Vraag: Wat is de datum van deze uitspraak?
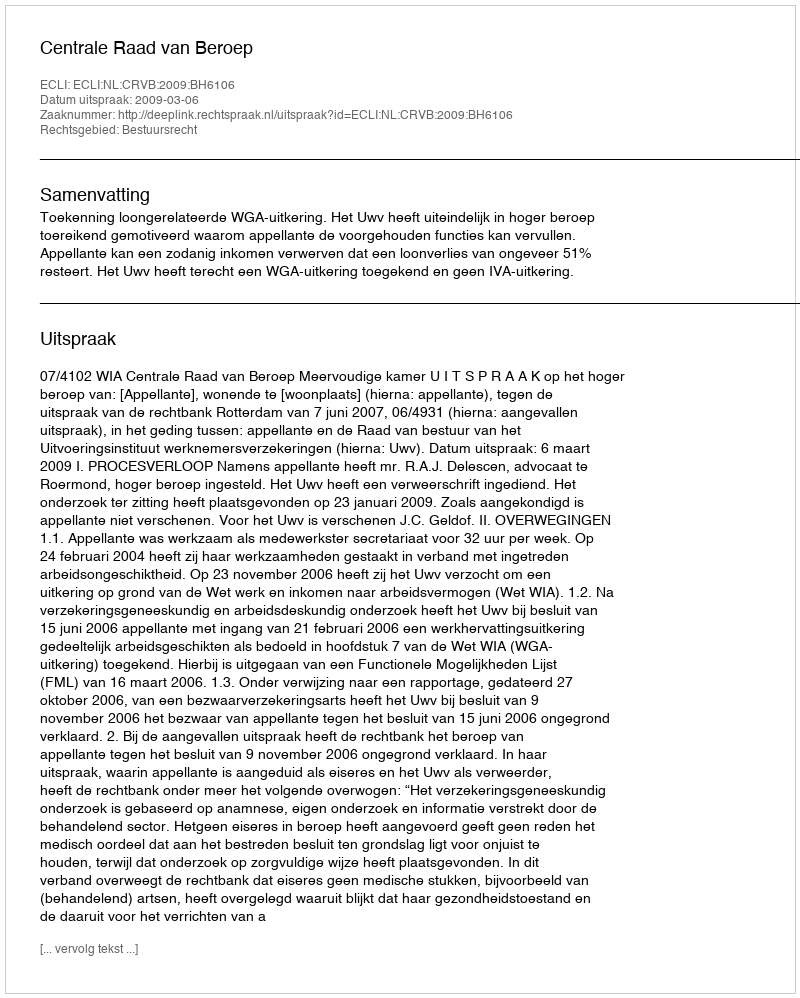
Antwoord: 2009-03-06